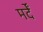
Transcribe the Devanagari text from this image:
मर्दें